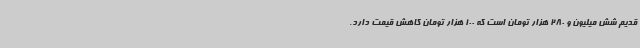
قدیم شش میلیون و 280 هزار تومان است که 100 هزار تومان کاهش قیمت دارد.